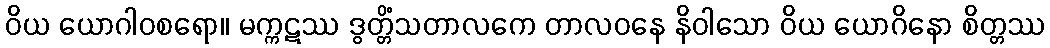
ဝိယ ယောဂါဝစရော။ မက္ကဋဿ ဒွတ္တိံသတာလကေ တာလဝနေ နိဝါသော ဝိယ ယောဂိနော စိတ္တဿ